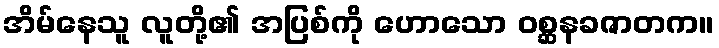
အိမ်နေသူ လူတို့၏ အပြစ်ကို ဟောသော ဝစ္ဆနခဇာတက။